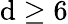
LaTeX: \mathrm{d}\geq6